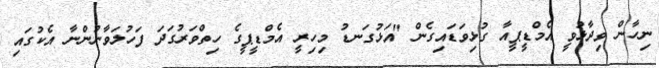
ނިހާން ވިދާޅުވީ އެމްޑީޕީއާ ގުޅިވަޑައިގެން "އަޅުގަނޑު މިހިރީ އެމްޑީޕީގެ ހިތްވަރުގަދަ ފަހުލަވާނުންނާ އެކުގައި